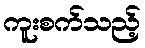
ကူးစက်သည့်